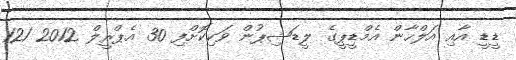
ޑީޑީ އާއި އަލްހާން އެމްޑީޕީގެ ލީޑަޝިޕުން ވަކިކޮށްފި 30 އެޕްރީލް 2012 121